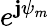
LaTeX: e^{\mathbf{j}{\mathbf{{\psi}}}_{m}}